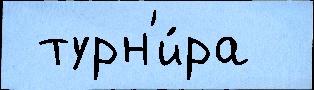
 турн'и́ра